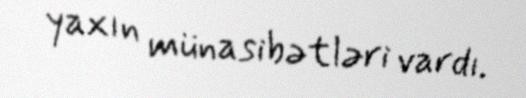
yaxın münasibətləri vardı.